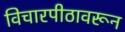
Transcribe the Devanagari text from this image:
विचारपीठावरून